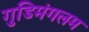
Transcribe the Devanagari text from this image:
गुडिमंगलम